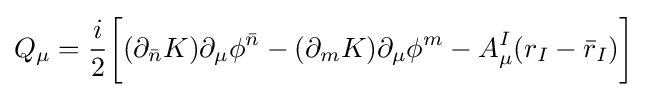
Q_{\mu }={\frac {i}{2}}{\bigg [}(\partial _{\bar {n}}K)\partial _{\mu }\phi ^{\bar {n}}-(\partial _{m}K)\partial _{\mu }\phi ^{m}-A_{\mu }^{I}(r_{I}-{\bar {r}}_{I}){\bigg ]}